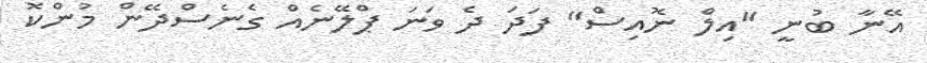
އޭނާ ބުނީ "އިލް ނޮއިސް" ފަދަ ދެ ވަނަ ޕްލޭނެއް ގެނެސްދޭން މުންކޮ